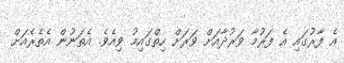
އެ ފާރުގައި އެ ފަރުމާ ވަރުދާއަށް ވަރަށް ހިތްގައިމު ވިއެވެ. އެތަނުން އެތެރެއަށް